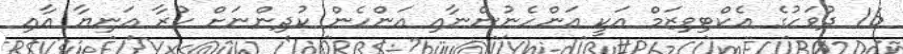
16 ދުވަހުގެ އެކްޓިވިޒަމް އަކީ އަންހެނުންނާއި އަންހެން ކުދިންނަށް ކުރާ އަނިޔާ އާއި